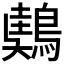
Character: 𪃤